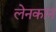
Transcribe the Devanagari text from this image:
लेनकान